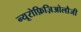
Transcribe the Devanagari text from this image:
न्यूरोफ़िज़िओलौजी